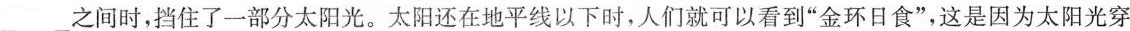
___之间时，挡住了一部分太阳光。太阳还在地平线以下时，人们就可以看到”金环日食”，这是因为太阳光穿